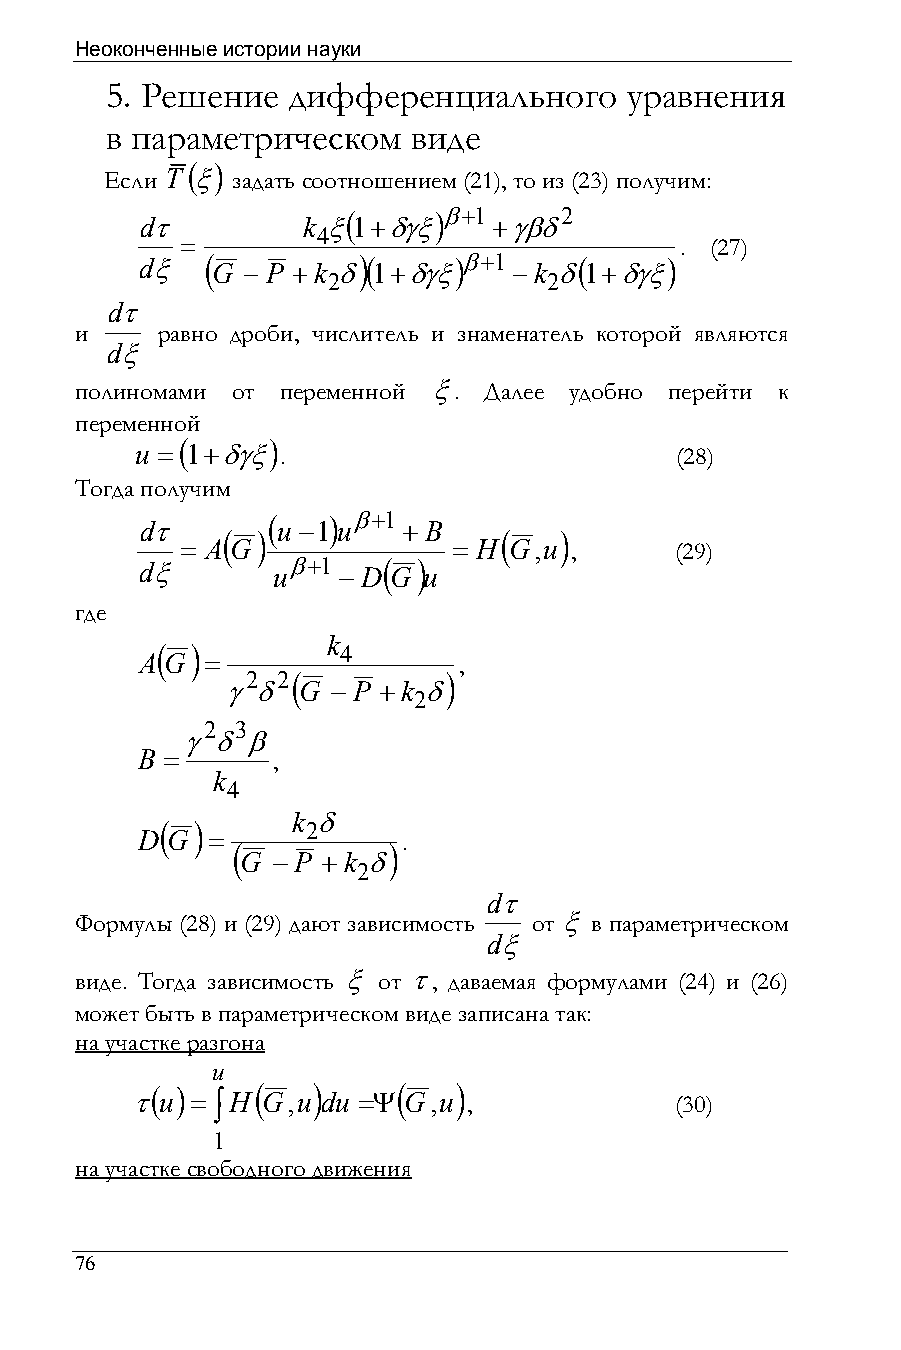
Неоконченные истории науки
 5. Решение  дифференциального     уравнения
 в параметрическом   виде
 ( )
 Если T ξ задать соотношением (21), то из (23) получим:
 (     )β+1    2
 dτ         k ξ1+δγξ     +γβδ
 4
 =                                . (27)
 dξ   ( G − P +k δ)( 1+δγξ)β+1 −k δ( 1+δγξ)
 2             2
 dτ
 и    равно дроби, числитель и знаменатель которой являются
 dξ
 полиномами от переменной ξ. Далее удобно перейти к
 переменной
 (     )
 u = 1+δγξ .                         (28)
 Тогда получим
 (   ) β+1
 dτ       u −1u    + B
 ( )               (   )
 = A G             = H G,u ,      (29)
 dξ       uβ+1 − D( G) u
 где
 k
 (  )        4
 A G  =               ,
 2 2(         )
 γ δ  G − P +k δ
 2
 2 3
 γ δ β
 B =      ,
 k
 4
 k δ
 ( )      2
 D G  =            .
 (          )
 G − P + k δ
 2
 dτ
 Формулы (28) и (29) дают зависимость от ξ в параметрическом
 dξ
 виде. Тогда зависимость ξ от τ, даваемая формулами (24) и (26)
 может быть в параметрическом виде записана так:
 на участке разгона
 u
 ( )    (   )    (   )
 τu  = ∫H G,u du =Ψ G,u ,            (30)
 1
 на участке свободного движения
 76